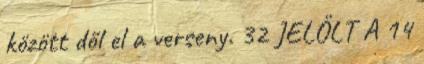
között dől el a verseny. 32 JELÖLT A 14